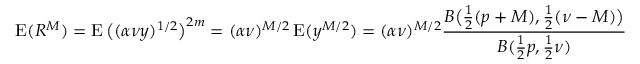
\operatorname { E } ( R ^ { M } ) = \operatorname { E } { \big ( } ( \alpha \nu y ) ^ { 1 / 2 } { \big ) } ^ { 2 m } = ( \alpha \nu ) ^ { M / 2 } \operatorname { E } ( y ^ { M / 2 } ) = ( \alpha \nu ) ^ { M / 2 } { \frac { B { \big ( } { \frac { 1 } { 2 } } ( p + M ) , { \frac { 1 } { 2 } } ( \nu - M ) { \big ) } } { B ( { \frac { 1 } { 2 } } p , { \frac { 1 } { 2 } } \nu ) } }